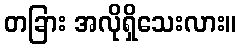
တခြား အလိုရှိသေးလား။